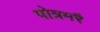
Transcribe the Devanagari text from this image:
पोत्रमरै